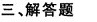
三、解答题